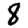
Digit: 8